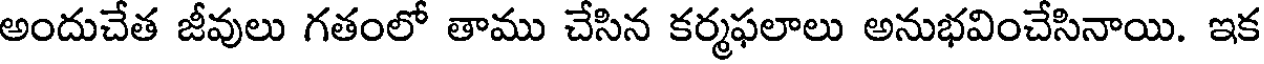
అందుచేత జీవులు గతంలో తాము చేసిన కర్మఫలాలు అనుభవించేసినాయి. ఇక